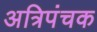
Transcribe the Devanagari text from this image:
अत्रिपंचक